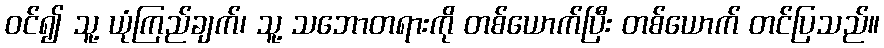
ဝင်၍ သူ့ ယုံကြည်ချက်၊ သူ့ သဘောတရားကို တစ်ယောက်ပြီး တစ်ယောက် တင်ပြသည်။